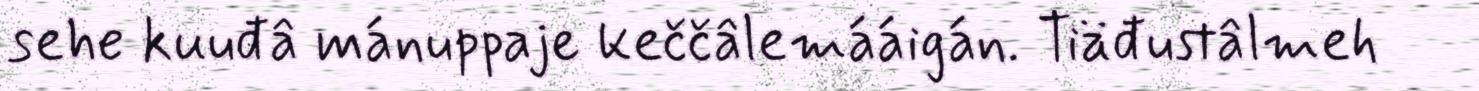
sehe kuuđâ mánuppaje keččâlemááigán. Tiäđustâlmeh